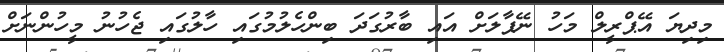
މިދިޔަ އޭޕްރީލް މަހު ނޭޕާލަށް އައި ބާރުގަދަ ބިންހެލުމުގައި ހާލުގައި ޖެހުނު މީހުންނަށް